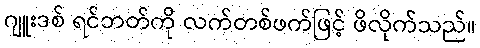
ဂျူးဒစ် ရင်ဘတ်ကို လက်တစ်ဖက်ဖြင့် ဖိလိုက်သည်။